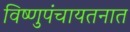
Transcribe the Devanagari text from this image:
विष्णुपंचायतनात